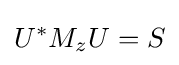
U^{*}M_{z}U=S